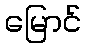
မြောင်